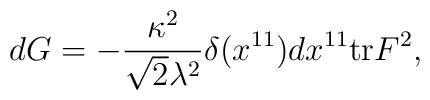
d G = - {\kappa^2 \over \sqrt{2} \lambda^2} \delta (x^{11}) d x^{11} {\rm tr}F^2 ,